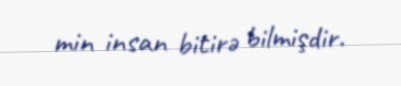
min insan bitirə bilmişdir.